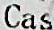
CAS